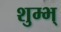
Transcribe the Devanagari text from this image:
शुम्भ्